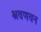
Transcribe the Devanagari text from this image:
श्रवणवन